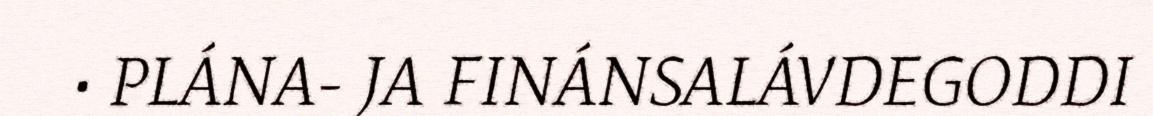
• PLÁNA- JA FINÁNSALÁVDEGODDI